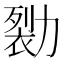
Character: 𰅖